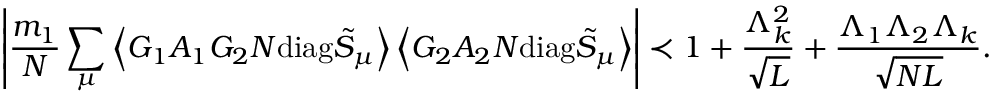
\left| \frac { m _ { 1 } } { N } \sum _ { \mu } \left\langle { G _ { 1 } A _ { 1 } G _ { 2 } N \mathrm { d i a g } \tilde { S } _ { \mu } } \right\rangle \left\langle { G _ { 2 } A _ { 2 } N \mathrm { d i a g } \tilde { S } _ { \mu } } \right\rangle \right| \prec 1 + \frac { \Lambda _ { k } ^ { 2 } } { \sqrt { L } } + \frac { \Lambda _ { 1 } \Lambda _ { 2 } \Lambda _ { k } } { \sqrt { N L } } .